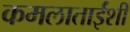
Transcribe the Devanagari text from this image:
कमलाताईंशी